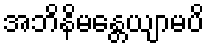
အဘိနိမန္တေယျာမပိ